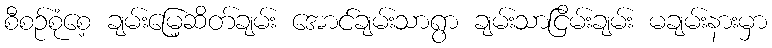
စီစဉ်စုံစေ့ ချမ်းမြေ့ဆိတ်ချမ်း အောင်ချမ်းသာရွာ ချမ်းသာငြိမ်းချမ်း မချမ်းနားမှာ